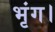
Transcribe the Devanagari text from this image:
भृंग।